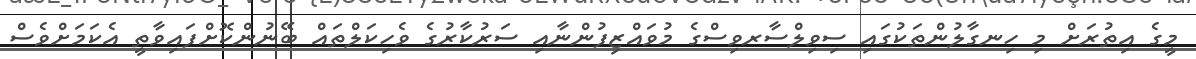
މީގެ އިތުރަށް މި ހިނގާލުންތަކުގައި ސިިވިލްސާރވިސްގެ މުވައްޒިފުންނާއި ސަރުކާރުގެ ވެހިކަލްތައް ބޭނުންކޮށްފައިވާތީ އެކަމަށްވެސް